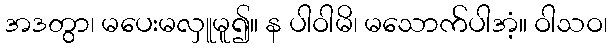
အဒတွာ၊ မပေးမလှူမူ၍။ န ပါဝါမိ၊ မသောက်ပါအံ့။ ဝါသဝ၊